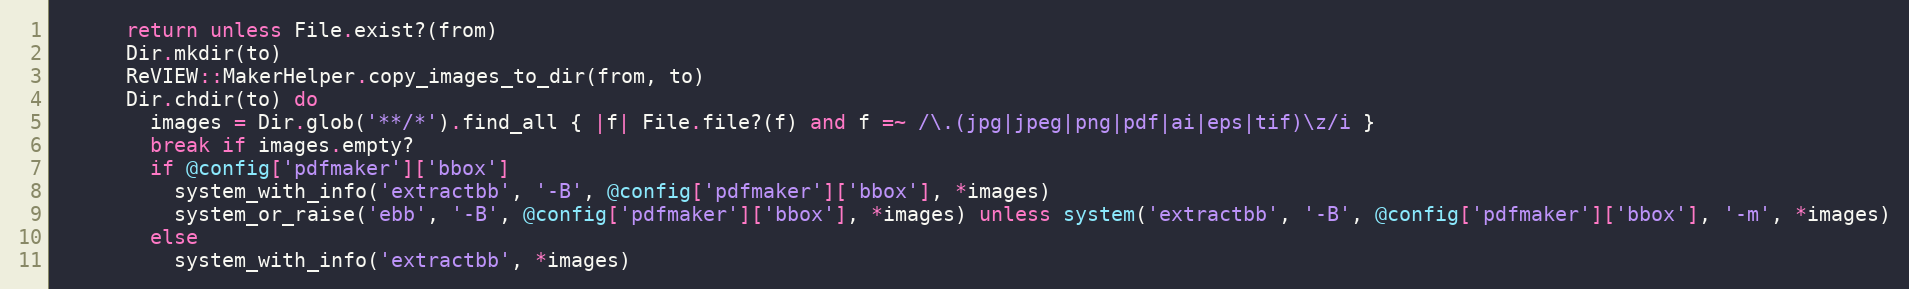
Language: Ruby
      return unless File.exist?(from)
      Dir.mkdir(to)
      ReVIEW::MakerHelper.copy_images_to_dir(from, to)
      Dir.chdir(to) do
        images = Dir.glob('**/*').find_all { |f| File.file?(f) and f =~ /\.(jpg|jpeg|png|pdf|ai|eps|tif)\z/i }
        break if images.empty?
        if @config['pdfmaker']['bbox']
          system_with_info('extractbb', '-B', @config['pdfmaker']['bbox'], *images)
          system_or_raise('ebb', '-B', @config['pdfmaker']['bbox'], *images) unless system('extractbb', '-B', @config['pdfmaker']['bbox'], '-m', *images)
        else
          system_with_info('extractbb', *images)